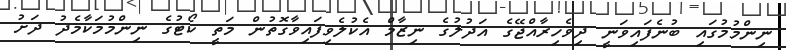
ނިންމުމުގައި ބުނެފައިވަނީ ދިވެހިރާއްޖޭގެ އަދުލުގެ ނިޒާމް އެކުލެވިފައިވާގޮތުން މަތީ ކޯޓުގެ ނިންމުމަކާމެދު ދަށު